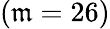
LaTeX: (\mathfrak{m}=26)